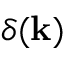
\delta ( { \bf k } )